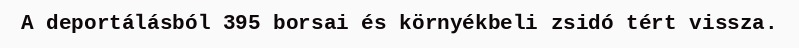
A deportálásból 395 borsai és környékbeli zsidó tért vissza.